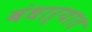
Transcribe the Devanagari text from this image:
बंधाऱ्यात